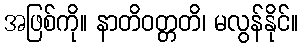
အဖြစ်ကို။ နာတိဝတ္တတိ၊ မလွန်နိုင်။